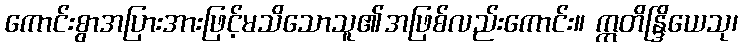
ကောင်းစွာအပြားအားဖြင့်မသိသောသူ၏အဖြစ်လည်းကောင်း။ ဣတိန္ဒြိယေသု၊